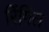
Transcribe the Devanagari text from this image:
रिंगित